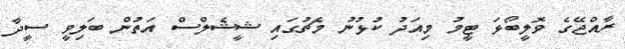
ރާއްޖޭގެ ވޮލީބޯޅަ ޓީމު މިއަދު ކުޅުނު މެޗުގައި ޝީޝެލްސް އަތުން ބަލިވީ ސީދާ